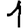
Digit: 1